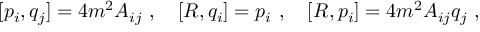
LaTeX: [ p _ { i } , q _ { j } ] = 4 m ^ { 2 } A _ { i j } \ , \quad [ R , q _ { i } ] = p _ { i } \ , \quad [ R , p _ { i } ] = 4 m ^ { 2 } A _ { i j } q _ { j } \ ,